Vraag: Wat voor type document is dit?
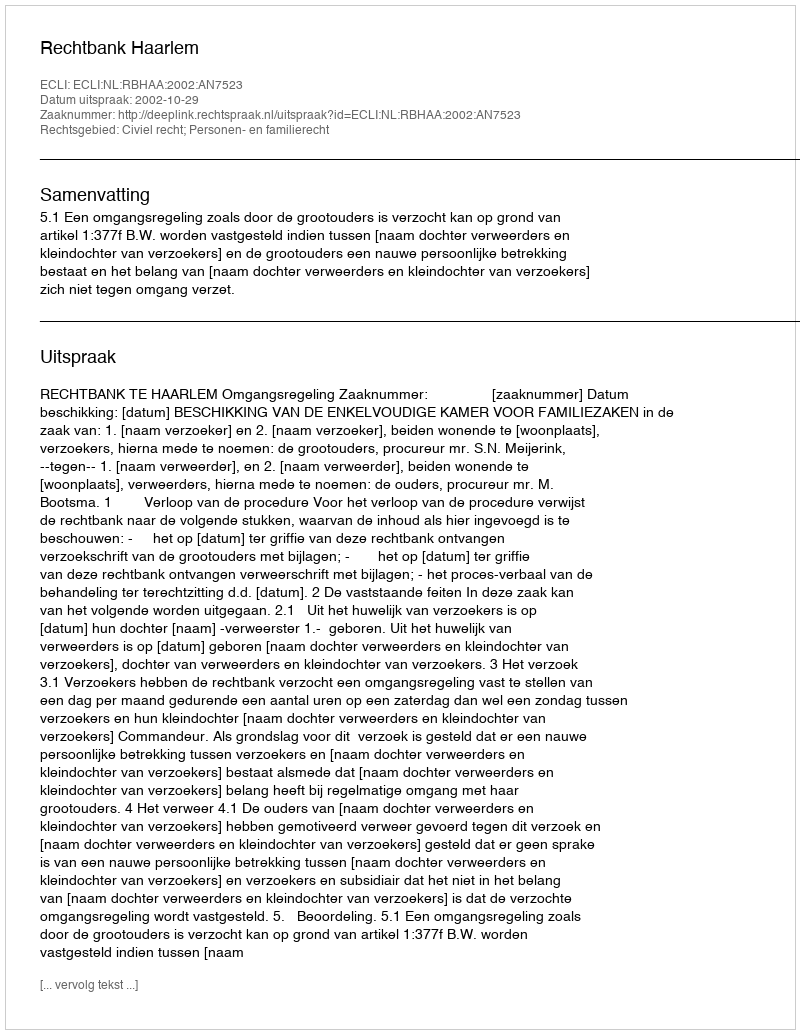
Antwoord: Uitspraak